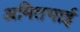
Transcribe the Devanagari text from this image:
अमितभाई